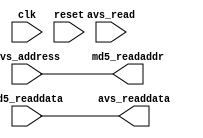
module md5output (
    input clk,
    input reset,

    input         avs_read,
    output [31:0] avs_readdata,
    input  [6:0]  avs_address,

    input  [31:0] md5_readdata,
    output [6:0]  md5_readaddr
);

assign avs_readdata = md5_readdata;
assign md5_readaddr = avs_address;

endmodule